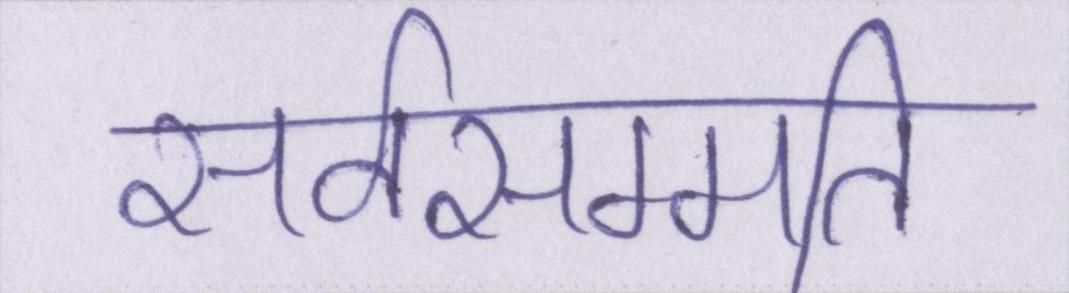
सर्वसम्मति